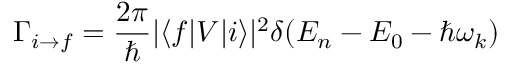
\Gamma _ { i \to f } = \frac { 2 \pi } { \hbar } | \langle f | V | i \rangle | ^ { 2 } \delta ( E _ { n } - E _ { 0 } - \hbar \omega _ { k } )